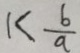
1 < \frac { b } { a }